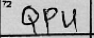
Transcription: QPU